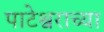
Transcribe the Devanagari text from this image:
पाटेश्वराच्या